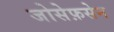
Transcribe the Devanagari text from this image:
जोसेफ़सेन